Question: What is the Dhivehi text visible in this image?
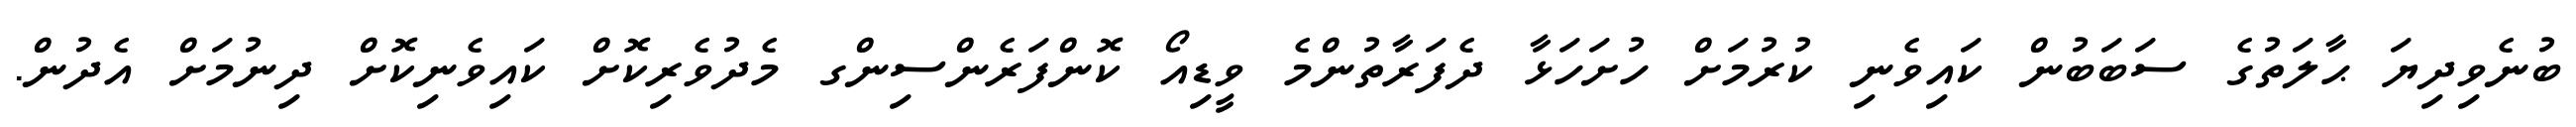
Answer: ބުނެވިދިޔަ ޙާލަތުގެ ސަބަބުން ކައިވެނި ކުރުމަށް ހުށަހަޅާ ދެފަރާތުންމެ ވީޑިއޯ ކޮންފަރެންސިންގ މެދުވެރިކޮށް ކައިވެނިކޮށް ދިނުމަށް އެދުން.